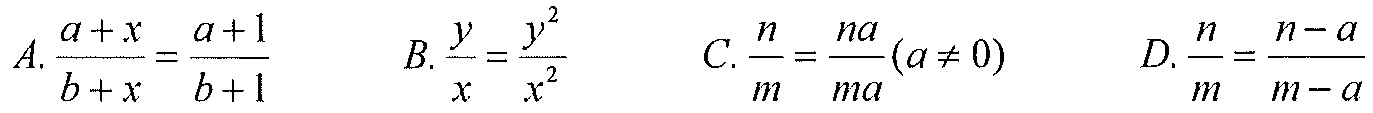
A. \(\frac{a + x}{b + x}=\frac{a + 1}{b + 1}\)  B. \(\frac{y}{x}=\frac{y^{2}}{x^{2}}\)  C. \(\frac{n}{m}=\frac{na}{ma}(a\neq0)\)  D. \(\frac{n}{m}=\frac{n - a}{m - a}\)